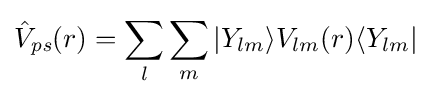
{\hat {V}}_{\textit {ps}}(r)=\sum _{l}\sum _{m}|Y_{lm}\rangle V_{lm}(r)\langle Y_{lm}|